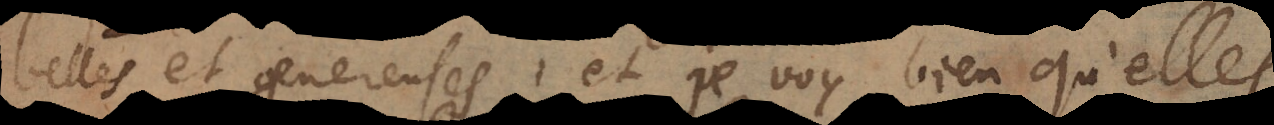
belles et genereuses, et je voy bien qu’elles